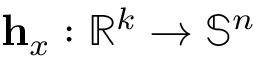
\mathbf { h } _ { x } : \mathbb { R } ^ { k } \rightarrow \mathbb { S } ^ { n }